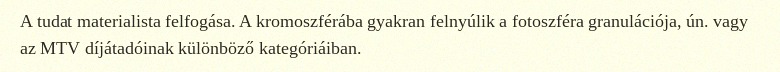
A tudat materialista felfogása. A kromoszférába gyakran felnyúlik a fotoszféra granulációja, ún. vagy az MTV díjátadóinak különböző kategóriáiban.